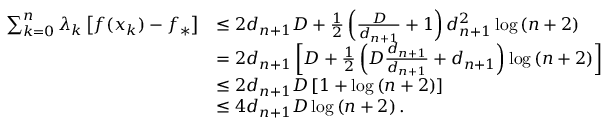
\begin{array} { r l } { \sum _ { k = 0 } ^ { n } \lambda _ { k } \left[ f ( x _ { k } ) - f _ { * } \right] } & { \leq 2 d _ { n + 1 } D + \frac { 1 } { 2 } \left( \frac { D } { d _ { n + 1 } } + 1 \right) d _ { n + 1 } ^ { 2 } \log \left( n + 2 \right) } \\ & { = 2 d _ { n + 1 } \left[ D + \frac { 1 } { 2 } \left( D \frac { d _ { n + 1 } } { d _ { n + 1 } } + d _ { n + 1 } \right) \log \left( n + 2 \right) \right] } \\ & { \leq 2 d _ { n + 1 } D \left[ 1 + \log \left( n + 2 \right) \right] } \\ & { \leq 4 d _ { n + 1 } D \log \left( n + 2 \right) . } \end{array}